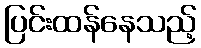
ပြင်းထန်နေသည့်